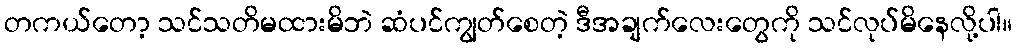
တကယ်တော့ သင်သတိမထားမိဘဲ ဆံပင်ကျွတ်စေတဲ့ ဒီအချက်လေးတွေကို သင်လုပ်မိနေလို့ပါ။